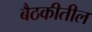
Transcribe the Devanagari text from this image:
बैठकीतील